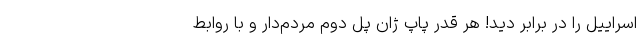
اسراییل را در برابر دید! هر قدر پاپ ژان پل دوم مردم‌دار و با روابط